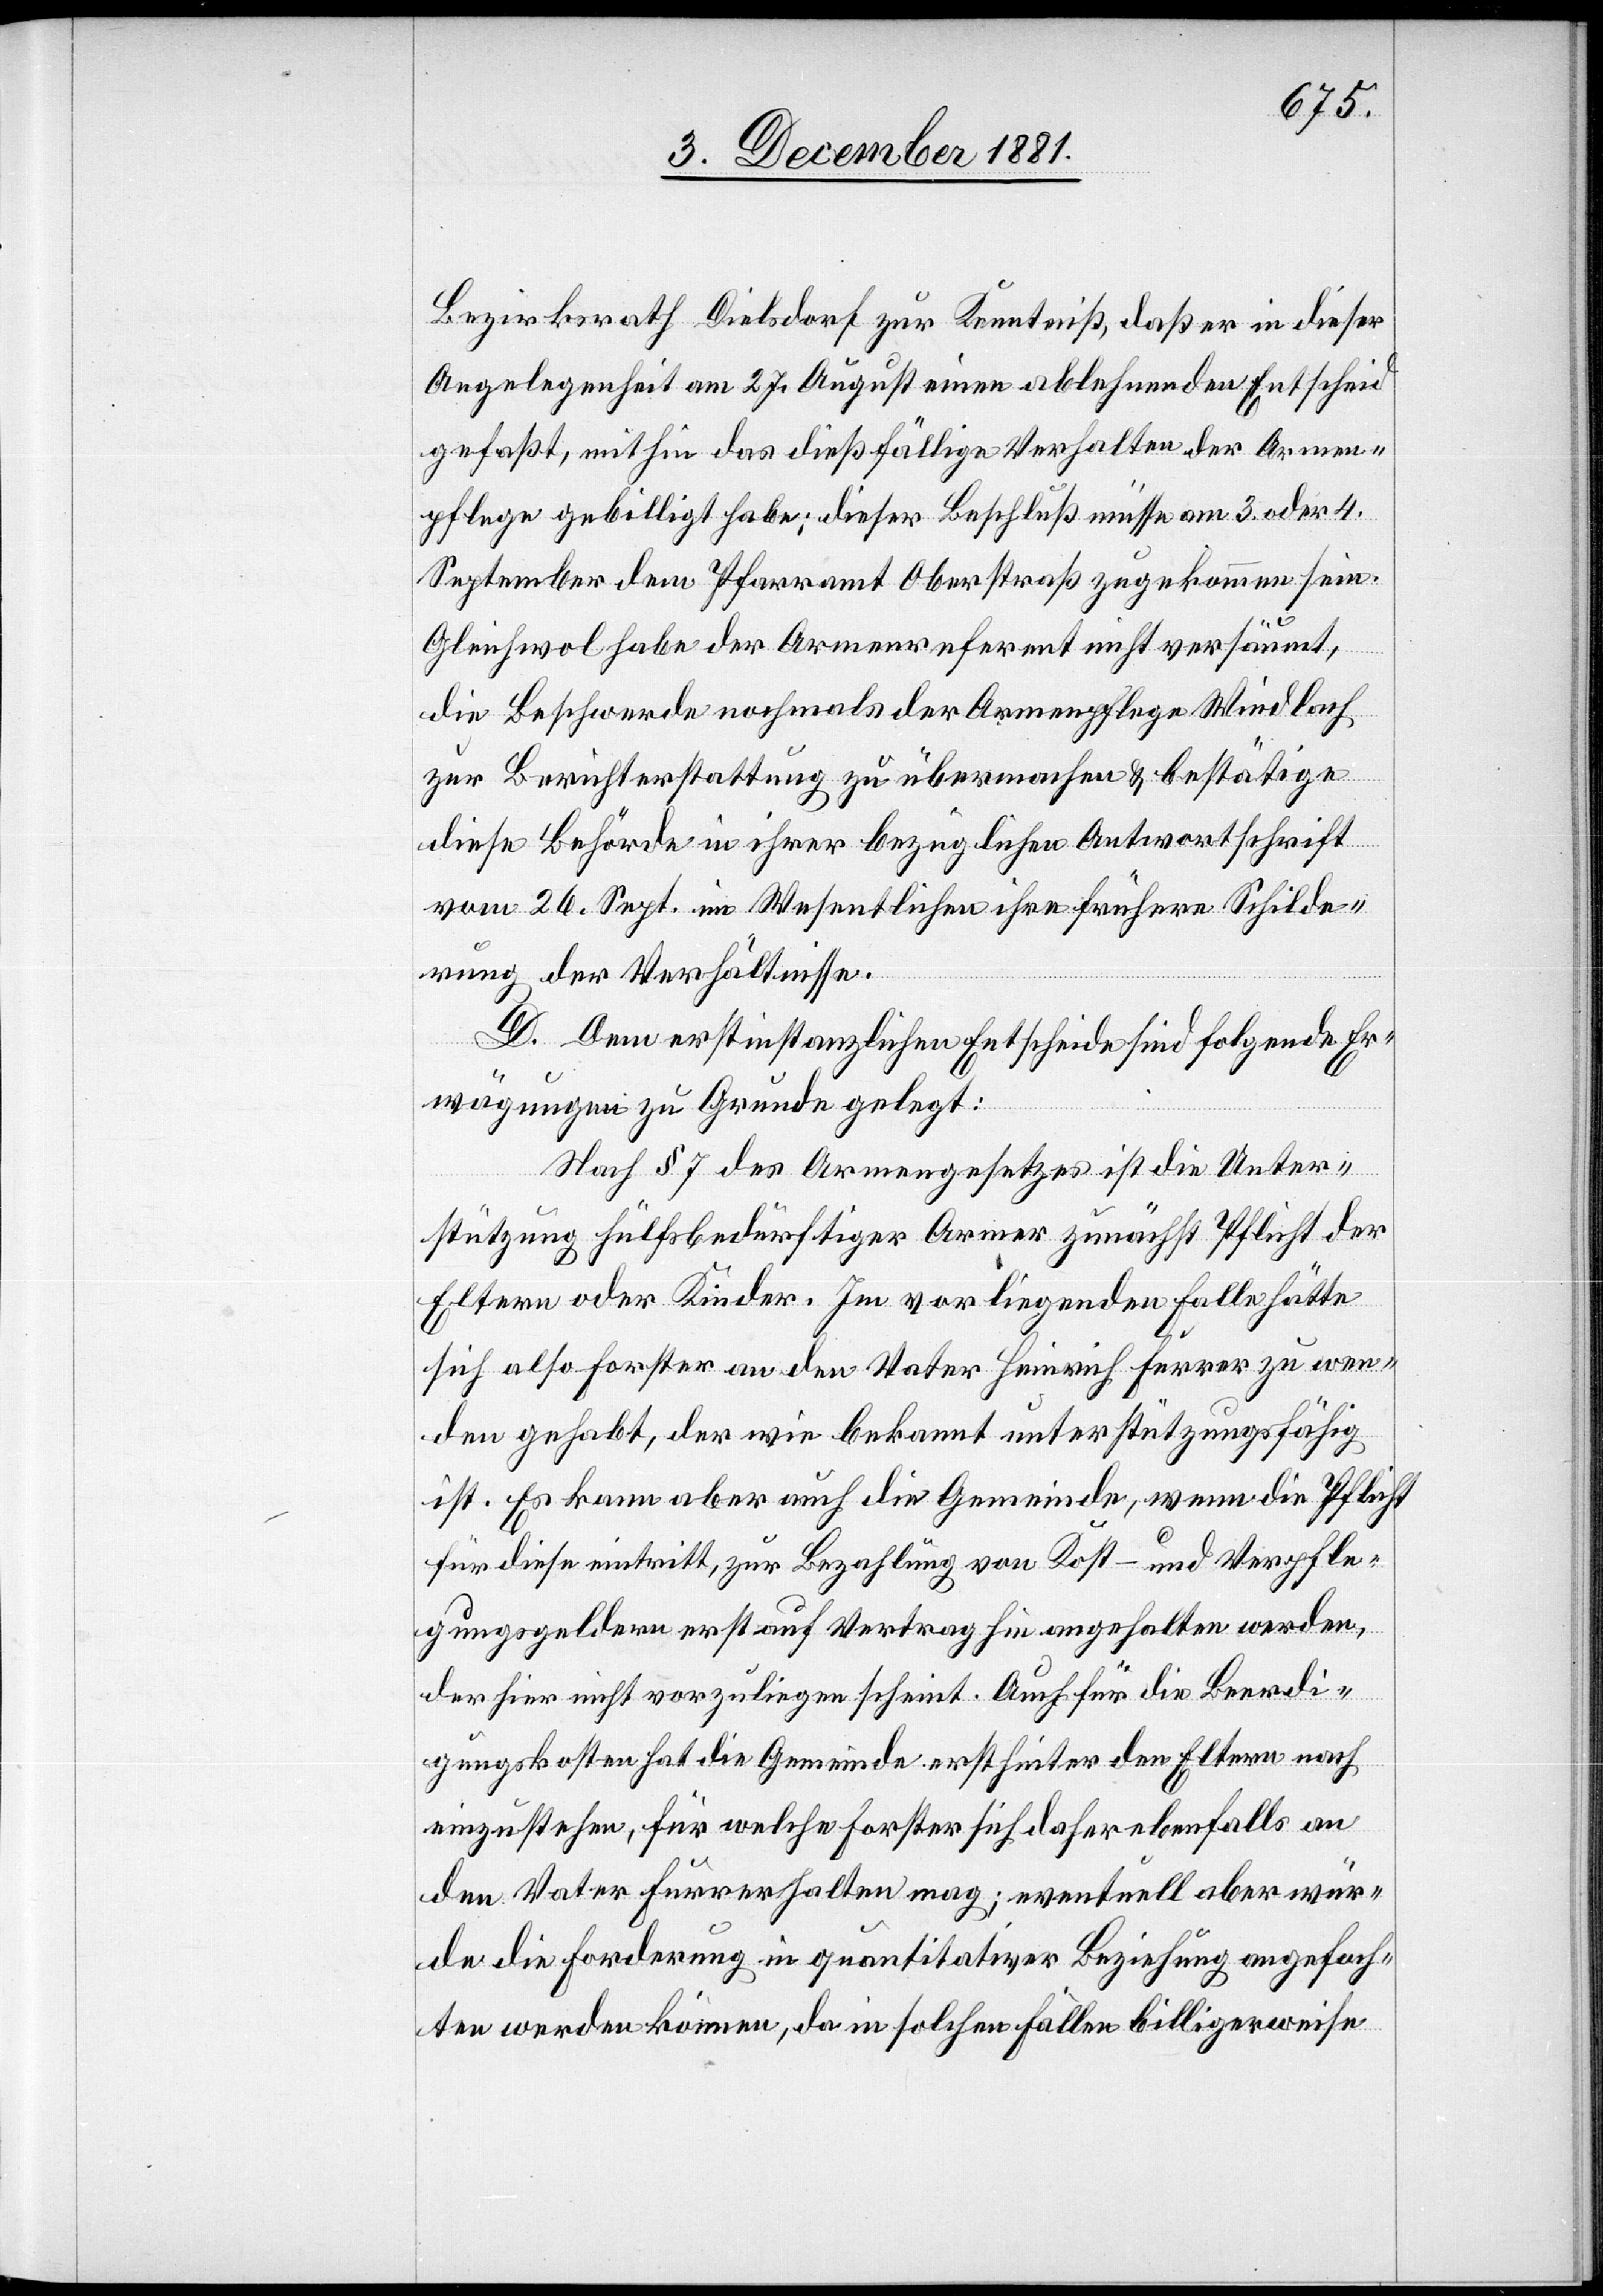
Bezirksrath Dielsdorf zur Kenntniß, daß er in dieser
Angelegenheit am 27. August einen ablehnenden Entscheid
gefaßt, mithin das dießfällige Verhalten der Armen¬
pflege gebilligt habe; dieser Beschluß müsse am 3. oder 4.
September dem Pfarramt Oberstraß zugekommen sein.
Gleichwol habe der Armenreferent nicht versäumt,
die Beschwerde nochmals der Armenpflege Windlach
zur Berichterstattung zu übermachen & bestätige
diese Behörde in ihrer bezüglichen Antwortschrift
vom 26. Sept. im Wesentlichen ihre frühere Schilde¬
rung der Verhältnisse.
D. Dem erstinstanzlichen Entscheide sind folgende Er¬
wägungen zu Grunde gelegt:
Nach § 7 des Armengesetzes ist die Unter¬
stützung hülfsbedürftiger Armer zunächst Pflicht der
Eltern oder Kinder. Im vorliegenden Falle hätte
sich also Forster an den Vater Heinrich Furrer zu wen¬
den gehabt, der wie bekannt unterstützungsfähig
ist. Es kann aber auch die Gemeinde, wenn die Pflicht
für diese eintritt, zur Bezahlung von Kost- und Verpfle¬
gungsgeldern erst auf Vertrag hin angehalten werden,
der hier nicht vorzuliegen scheint. Auch für die Beerdi¬
gungskosten hat die Gemeinde erst hinter den Eltern nach
einzustehen, für welche Forster sich daher ebenfalls an
den Vater Furrer halten mag; eventuell aber wür¬
de die Forderung in quantitativer Beziehung angefoch¬
ten werden können, da in solchen Fällen billigerweise